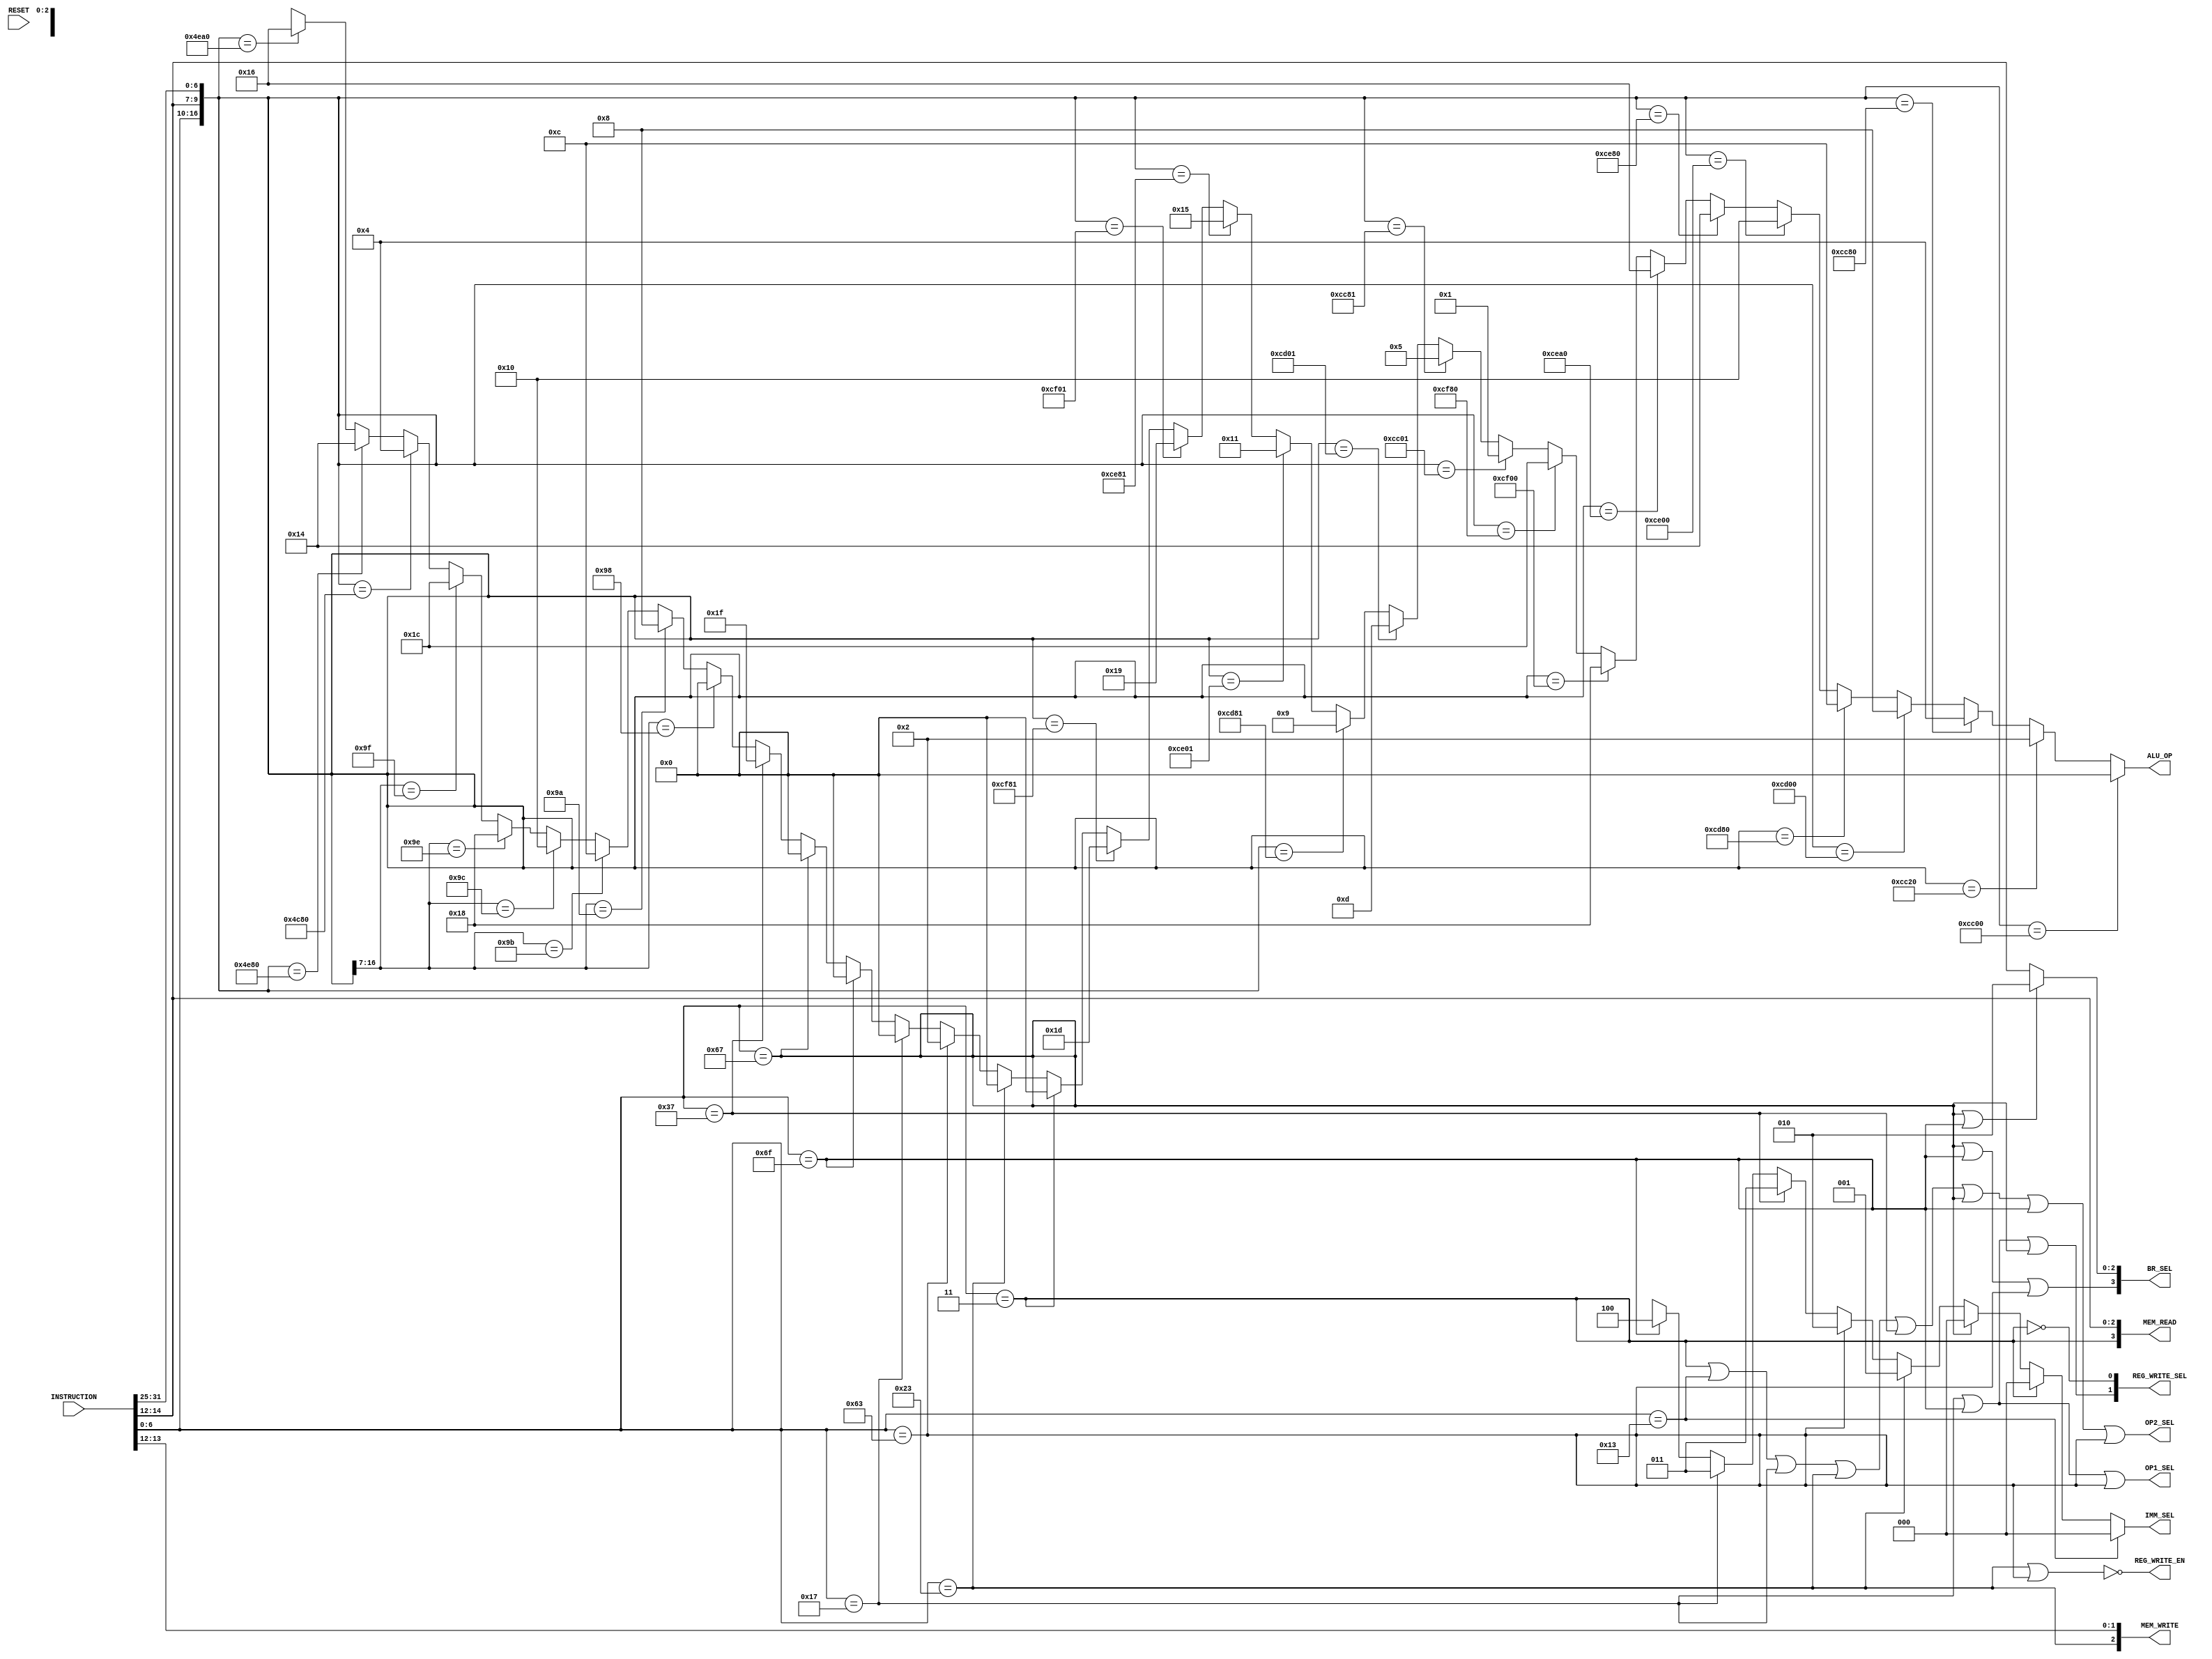
module control_unit(INSTRUCTION, RESET, OP1_SEL, OP2_SEL, REG_WRITE_EN, IMM_SEL, BR_SEL, ALU_OP, MEM_WRITE, MEM_READ, REG_WRITE_SEL);
	// Begin port declaration
	// Inputs	
	input [31:0] INSTRUCTION;
	input RESET; // Wires

	// Outputs
    output OP1_SEL, OP2_SEL, REG_WRITE_EN;
	output [2:0] IMM_SEL;
    output [3:0] BR_SEL;
    output [4:0] ALU_OP;
    output [2:0] MEM_WRITE;
    output [3:0] MEM_READ;
    output [1:0] REG_WRITE_SEL;

	// End port declaration

    wire func3_SEl;

    // decoded instructions to opcode and function codes
    wire [6:0] opcode;
    wire [2:0] funct3;
    wire [6:0] funct7;

    assign opcode = INSTRUCTION[6:0];
    assign funct3 = INSTRUCTION[14:12];
    assign funct7 = INSTRUCTION[31:25];


    /* 
        set operand 1 singnal.
        Need to high operand 1 singnal in,
                AUIPC
                JAL
                All SB-Type(BEQ, BNE, BLT, BGE, BLTU, BGEU)
                
                    instructions
    */
    assign #3 OP1_SEL = (opcode == 7'b0010111) | (opcode == 7'b1101111) | (opcode == 7'b1100011);


    /* 
        set operand 2 singnal.
        Need to high operand 2 singnal in,
                All I-type (16 Instructions),
                U-Type (AUIPC,LUI),
                All S-type (SB, SH, SW),
                All SB-Type(BEQ, BNE, BLT, BGE, BLTU, BGEU)

                    instructions
    */
    assign #3 OP2_SEL = (opcode == 7'b0000011) | (opcode == 7'b0010011) | (opcode == 7'b0010111) | (opcode == 7'b0100011) | (opcode == 7'b0110111) | (opcode == 7'b1100111) | (opcode == 7'b1101111) | (opcode == 7'b1100011) ;

    /* 
        set register file write enable signal.
        Need to high REG_WRITE_EN singnal except following instructions,
                All S-type (SB, SH, SW),
                All SB-Type(BEQ, BNE, BLT, BGE, BLTU, BGEU)
    */
    assign #3 REG_WRITE_EN =  ~((opcode == 7'b0100011) | (opcode == 7'b1100011)) ;    


    /* 
        set Immediate control signal (3 bit control bus).

        Type     IMM_SEL[2:0]

        I-type      000
        S-type      001
        SB-type     010
        U-type      011
        UJ-type     100

    */

    assign #3 IMM_SEL[2:0] =    (opcode == 7'b0010011) ? 3'b000 : // I-type (ADDI, SLTI, SLTIU, XORI, ORI, ANDI, SLLI, SRLI, SRAI)
                                (opcode == 7'b0000011) ? 3'b000 : // I-type (LB, LH, LW, LBU, LHU)
                                (opcode == 7'b1100111) ? 3'b000 : // I-type (JALR)
                                (opcode == 7'b0100011) ? 3'b001 : // S-type (SB, SH, SW)
                                (opcode == 7'b1100011) ? 3'b010 : // SB-type (BEQ, BNE, BLT, BGE, BLTU, BGEU)
                                (opcode == 7'b0110111) ? 3'b011 : // U-type (LUI)
                                (opcode == 7'b0010111) ? 3'b011 : // U-type (AUIPC)
                                (opcode == 7'b1101111) ? 3'b100 : 3'bxxx ; // UJ-type (JAL)


    /* 
        set Branch control signal (4 bit control bus).
        BR_SEL[3] is high when instruction is JAL, JALR or SB-type
        BR_SEL[2:0] is 3'b010 if instruction is JAL or JALR
        otherwise funct3 vaue

                    instructions
    */
    assign #3 BR_SEL[3] = (opcode == 7'b1100111) | (opcode == 7'b1101111) |  (opcode == 7'b1100011);
    assign #3 BR_SEL[2:0] = ((opcode == 7'b1100111) || (opcode == 7'b1101111))?3'b010:funct3;


    /* 
        set alu control signal (5 bit control bus).
        Need to low operand 1 singnal in,
                

                    instructions
    */
    assign #3 ALU_OP[4:0] =     ({opcode, funct3, funct7} == {7'b0110011, 3'b000, 7'b0000000}) ? 5'b00000 : // add
                                ({opcode, funct3, funct7} == {7'b0110011, 3'b000, 7'b0100000}) ? 5'b00010 : // sub
                                ({opcode, funct3, funct7} == {7'b0110011, 3'b001, 7'b0000000}) ? 5'b00100 : // sll
                                ({opcode, funct3, funct7} == {7'b0110011, 3'b010, 7'b0000000}) ? 5'b01000 : // slt
                                ({opcode, funct3, funct7} == {7'b0110011, 3'b011, 7'b0000000}) ? 5'b01100 : // sltu
                                ({opcode, funct3, funct7} == {7'b0110011, 3'b100, 7'b0000000}) ? 5'b10000 : // xor
                                ({opcode, funct3, funct7} == {7'b0110011, 3'b101, 7'b0000000}) ? 5'b10100 : // srl
                                ({opcode, funct3, funct7} == {7'b0110011, 3'b101, 7'b0100000}) ? 5'b10110 : // sra
                                ({opcode, funct3, funct7} == {7'b0110011, 3'b110, 7'b0000000}) ? 5'b11000 : // or
                                ({opcode, funct3, funct7} == {7'b0110011, 3'b111, 7'b0000000}) ? 5'b11100 : // and

                                ({opcode, funct3, funct7} == {7'b0110011, 3'b000, 7'b0000001}) ? 5'b00001 : // mul
                                ({opcode, funct3, funct7} == {7'b0110011, 3'b001, 7'b0000001}) ? 5'b00101 : // mulh
                                ({opcode, funct3, funct7} == {7'b0110011, 3'b010, 7'b0000001}) ? 5'b01101 : // mulhsu
                                ({opcode, funct3, funct7} == {7'b0110011, 3'b011, 7'b0000001}) ? 5'b01001 : // mulhu
                                ({opcode, funct3, funct7} == {7'b0110011, 3'b100, 7'b0000001}) ? 5'b10001 : // div
                                ({opcode, funct3, funct7} == {7'b0110011, 3'b101, 7'b0000001}) ? 5'b10101 : // divu
                                ({opcode, funct3, funct7} == {7'b0110011, 3'b110, 7'b0000001}) ? 5'b11001 : // rem
                                ({opcode, funct3, funct7} == {7'b0110011, 3'b111, 7'b0000001}) ? 5'b11101 : // remu

                                ({opcode} == {7'b0000011}) ? 5'b00000 : // loads - add
                                ({opcode} == {7'b0100011}) ? 5'b00000 : // store type - add
                                ({opcode} == {7'b1100011}) ? 5'b00010 : // conditional brnach type - sub
                                ({opcode} == {7'b0010111}) ? 5'b00000 : // Auipc - add
                                ({opcode} == {7'b1101111}) ? 5'b00000 : // JAL - add
                                ({opcode} == {7'b1100111}) ? 5'b00000 : // JALR - add
                                ({opcode} == {7'b0110111}) ? 5'b11111 : // LUI - forward

                                ({opcode, funct3} == {7'b0010011, 3'b000}) ? 5'b00000 : // addi = add
                                ({opcode, funct3} == {7'b0010011, 3'b010}) ? 5'b01000 : // slti - slt
                                ({opcode, funct3} == {7'b0010011, 3'b011}) ? 5'b01100 : // sltiu - sltu
                                ({opcode, funct3} == {7'b0010011, 3'b100}) ? 5'b10000 : // sori - xor
                                ({opcode, funct3} == {7'b0010011, 3'b110}) ? 5'b11000 : // ori - or
                                ({opcode, funct3} == {7'b0010011, 3'b111}) ? 5'b11100 : // andi - and
                                
                                ({opcode, funct3, funct7} == {7'b0010011, 3'b001, 7'b0000000}) ? 5'b00100 : // slli - sll
                                ({opcode, funct3, funct7} == {7'b0010011, 3'b101, 7'b0000000}) ? 5'b10100 : // srli - srl
                                ({opcode, funct3, funct7} == {7'b0010011, 3'b101, 7'b0100000}) ? 5'b10110 : // srai - sra
                                (5'bxxxxx); 




    /* 
        set Memory write control signal (3 bit control bus).
        Need to low operand 1 singnal in,
                Set signal according to S type
                    instructions
    */
    assign #3 MEM_WRITE[2] = (opcode == 7'b0100011);
    assign #3 MEM_WRITE[1:0] = funct3[1:0];

    
    /* 
        set Memory Read control signal (4 bit control bus).
        Need to low operand 1 singnal in,
            All Load-type 

                    instructions
    */
    assign #3 MEM_READ[3] = (opcode == 7'b0000011);
    assign #3 MEM_READ[2:0] = funct3;

    /* 
        set Register file write control signal (4 bit control bus).
        Need to low operand 1 singnal in,
            All Load-type
            AUIPC
            JAL
            JALR

                    instructions
    */
    assign #3 REG_WRITE_SEL[0] = ~(opcode == 7'b0000011);
    assign #3 REG_WRITE_SEL[1] = (opcode == 7'b0010111) | (opcode == 7'b1101111) | (opcode == 7'b1100111);



endmodule